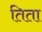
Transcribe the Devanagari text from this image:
तिता